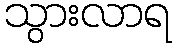
သွားလာရ